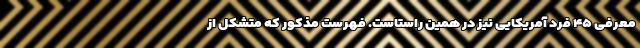
معرفی ۴۵ فرد آمریکایی نیز در همین راستاست. فهرست مذکور که متشکل از